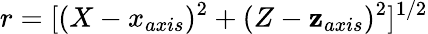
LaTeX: r=[(X-x_{axis})^{2}+(Z-\mathbf{z}_{axis})^{2}]^{1/2}